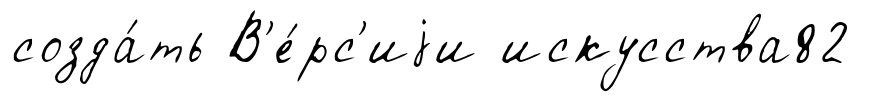
созда́ть В'е́рс'иjи искусства82